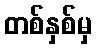
တစ်နှစ်မှ